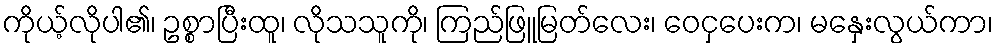
ကိုယ့်လိုပါ၏၊ ဥစ္စာပြီးထူ၊ လိုသသူကို၊ ကြည်ဖြူမြတ်လေး၊ ဝေငှပေးက၊ မနှေးလွယ်ကာ၊